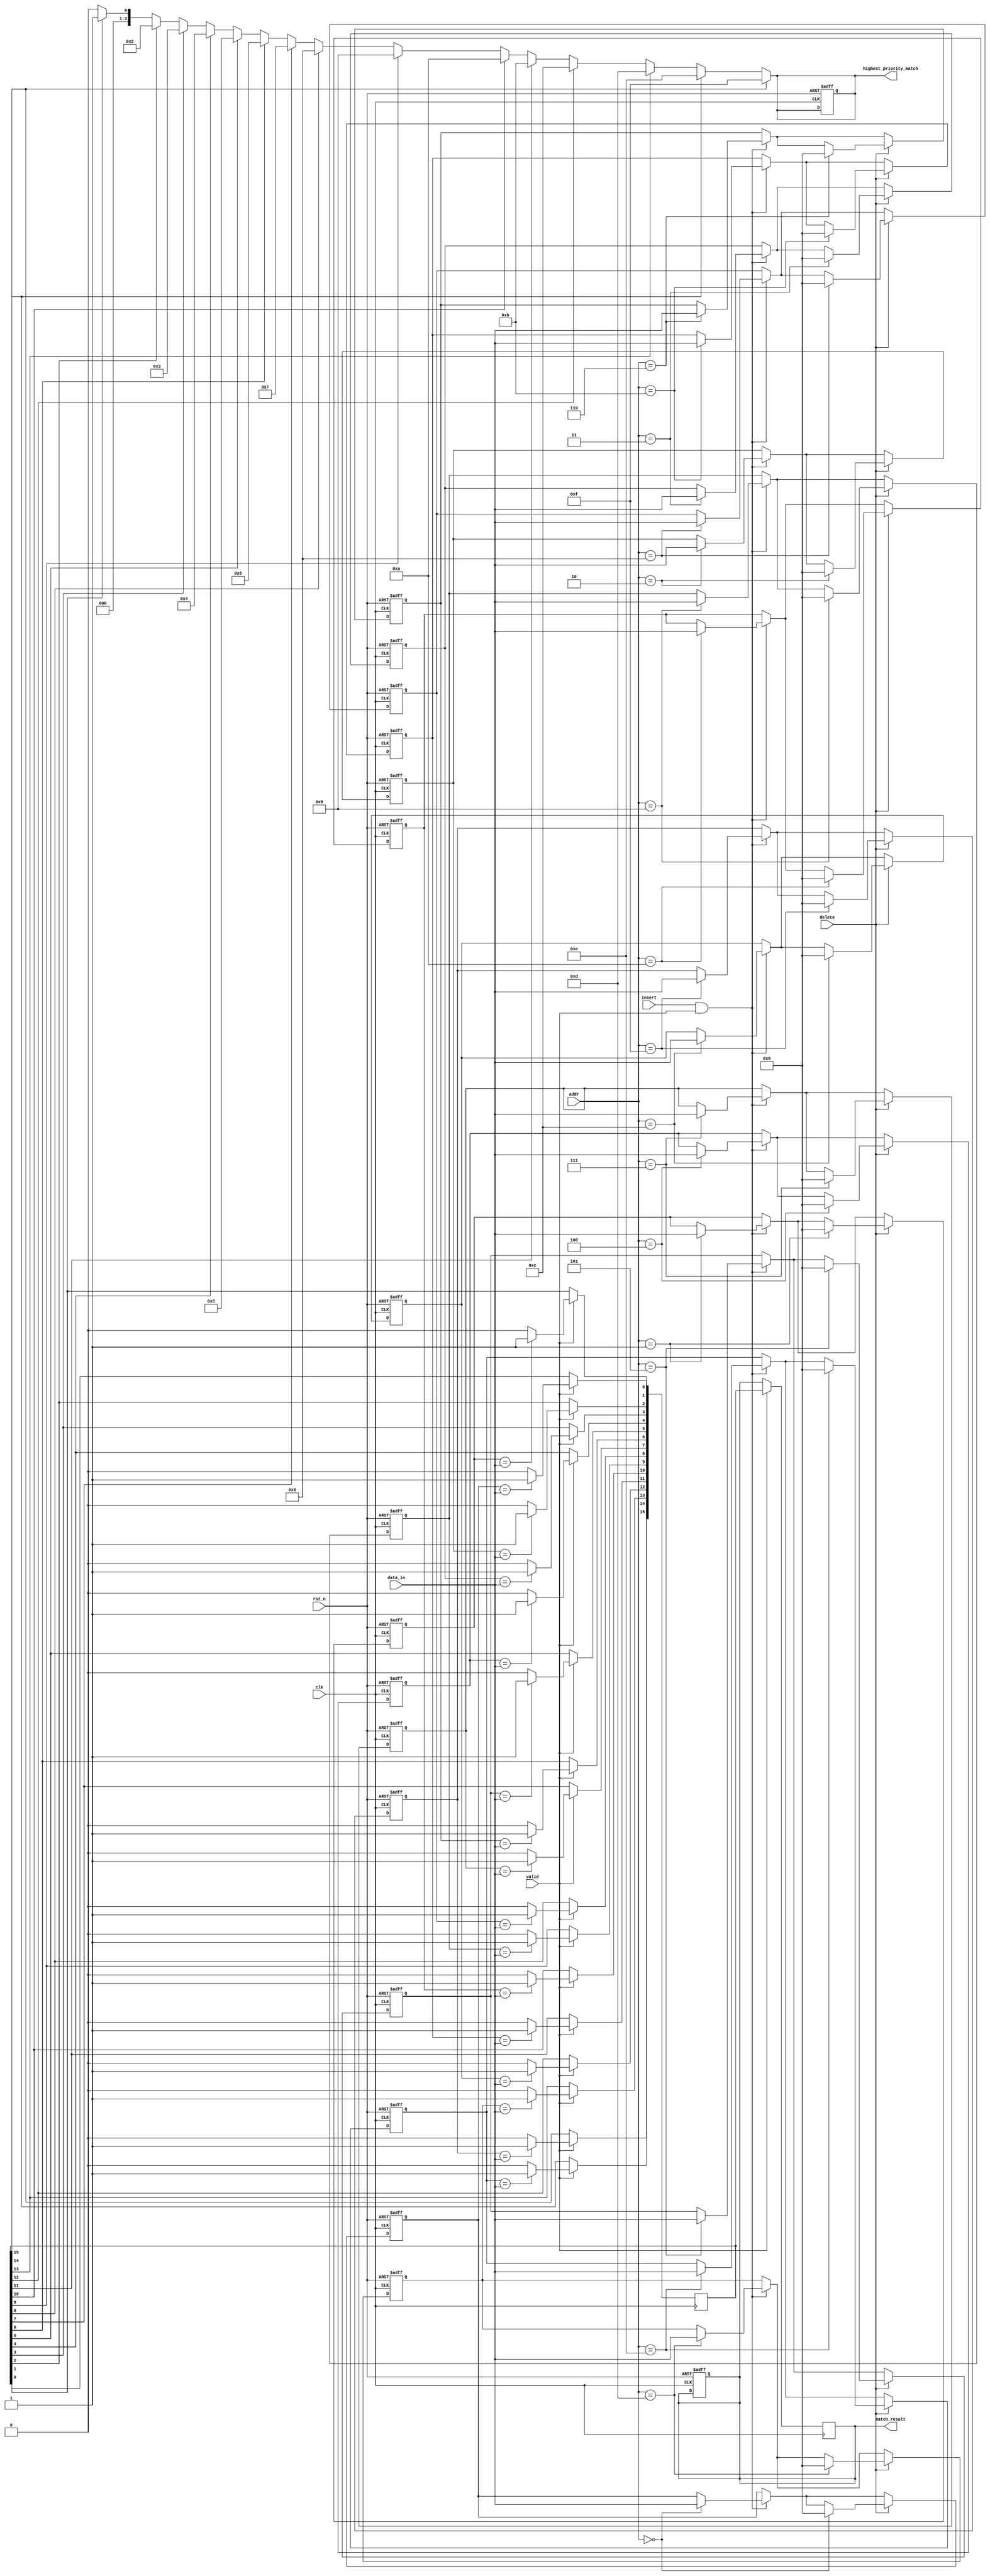
module MultiMatchCAM #(
    parameter ENTRY_SIZE = 32,         // Size of each entry in bits
    parameter NUM_ENTRIES = 16,        // Number of entries in the CAM
    parameter ADDR_WIDTH = 4            // Address width for the entries
)(
    input wire clk,                    // System Clock
    input wire rst_n,                  // Active low reset
    input wire [ENTRY_SIZE-1:0] data_in, // Data input for matching
    input wire valid,                  // Valid signal for the input data
    input wire insert,                 // Signal to insert new entry
    input wire delete,                 // Signal to delete entry
    input wire [ADDR_WIDTH-1:0] addr,  // Address for insertion/deletion
    output reg [NUM_ENTRIES-1:0] match_result, // Match result output
    output reg [ADDR_WIDTH-1:0] highest_priority_match // Highest priority match
);

// Storage Array
reg [ENTRY_SIZE-1:0] storage_array [0:NUM_ENTRIES-1];

// Match Logic
reg [NUM_ENTRIES-1:0] match;

integer i;

// Logic to handle insertion and deletion
always @(posedge clk or negedge rst_n) begin
    if (!rst_n) begin
        // Reset storage
        for (i = 0; i < NUM_ENTRIES; i = i + 1) begin
            storage_array[i] <= {ENTRY_SIZE{1'b0}};
        end
        match_result <= {NUM_ENTRIES{1'b0}};
        highest_priority_match <= {ADDR_WIDTH{1'b0}};
    end else begin
        if (insert && valid) begin
            storage_array[addr] <= data_in; // Insert data at addr
        end
        if (delete) begin
            storage_array[addr] <= {ENTRY_SIZE{1'b0}}; // Clear entry at addr
        end
    end
end

// Matching Logic
always @(posedge clk) begin
    if (valid) begin
        match <= {NUM_ENTRIES{1'b0}}; // Clear previous match results
        for (i = 0; i < NUM_ENTRIES; i = i + 1) begin
            match[i] <= (storage_array[i] == data_in) ? 1'b1 : 1'b0; // Match check
        end
        match_result <= match; // Store match results
    end
end

// Priority Encoder
always @(*) begin
    highest_priority_match = {ADDR_WIDTH{1'b0}}; // Default to zero
    for (i = 0; i < NUM_ENTRIES; i = i + 1) begin
        if (match[i]) begin
            highest_priority_match = i[ADDR_WIDTH-1:0]; // Assign address of highest match
        end
    end
end

endmodule